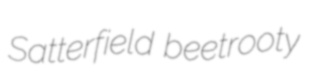
Satterfield beetrooty